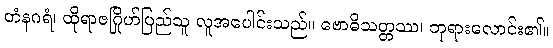
တံနဂရံ၊ ထိုရာဇဂြိုဟ်ပြည်သူ လူအပေါင်းသည်။ ဗောဓိသတ္တဿ၊ ဘုရားလောင်း၏။